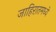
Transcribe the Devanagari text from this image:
जाहिरातमध्ये